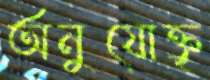
অনুযোক্তৃ